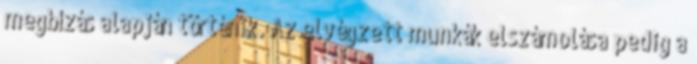
megbízás alapján történik. Az elvégzett munkák elszámolása pedig a